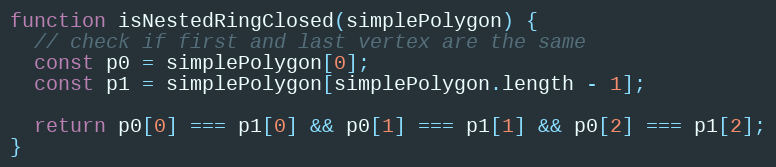
Language: JavaScript
function isNestedRingClosed(simplePolygon) {
  // check if first and last vertex are the same
  const p0 = simplePolygon[0];
  const p1 = simplePolygon[simplePolygon.length - 1];

  return p0[0] === p1[0] && p0[1] === p1[1] && p0[2] === p1[2];
}